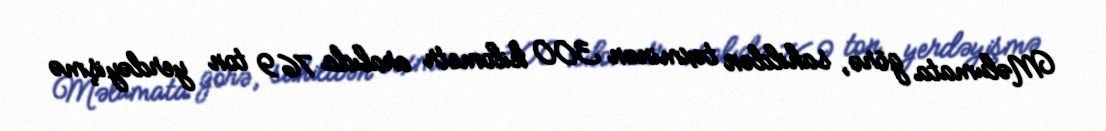
Məlumata görə, sahildən təxminən 300 kilometr aralıda 769 ton yerdəyişmə